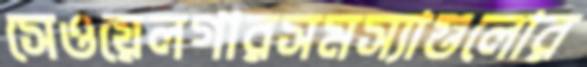
সেওয়েলগারসমস্যাগুলোর